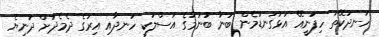
ހަނދުކޭތަ ހިފަނީއޭ އަޅުގަނޑުމެން ބުނާ ބުނުމުގެ އަސްލަކީ ހަނދާއި އިރުގެ ދެމެދަށް ދުނިޔެ